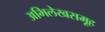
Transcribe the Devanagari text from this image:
अभिलेखसमूह